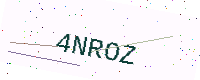
Text: 4NROZ